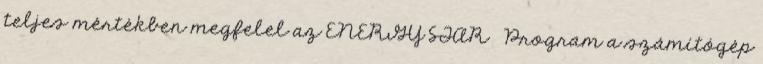
teljes mértékben megfelel az ENERGY STAR® Program a számítógép